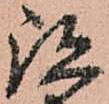
跡